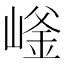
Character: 𱜄